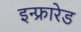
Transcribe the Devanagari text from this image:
इन्‍फ्रारेड